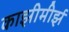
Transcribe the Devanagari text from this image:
काझीमीर्झ